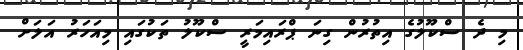
މި ދެ ސްކޫލުގެ އިތުރުން ގިނަ ޕްރައިމަރީ ސްކޫލު ތަކުގައި މިއަހަރު އަލަށް